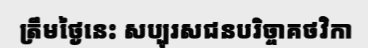
ត្រឹមថ្ងៃនេះ សប្បុរសជនបរិច្ចាគថវិកា